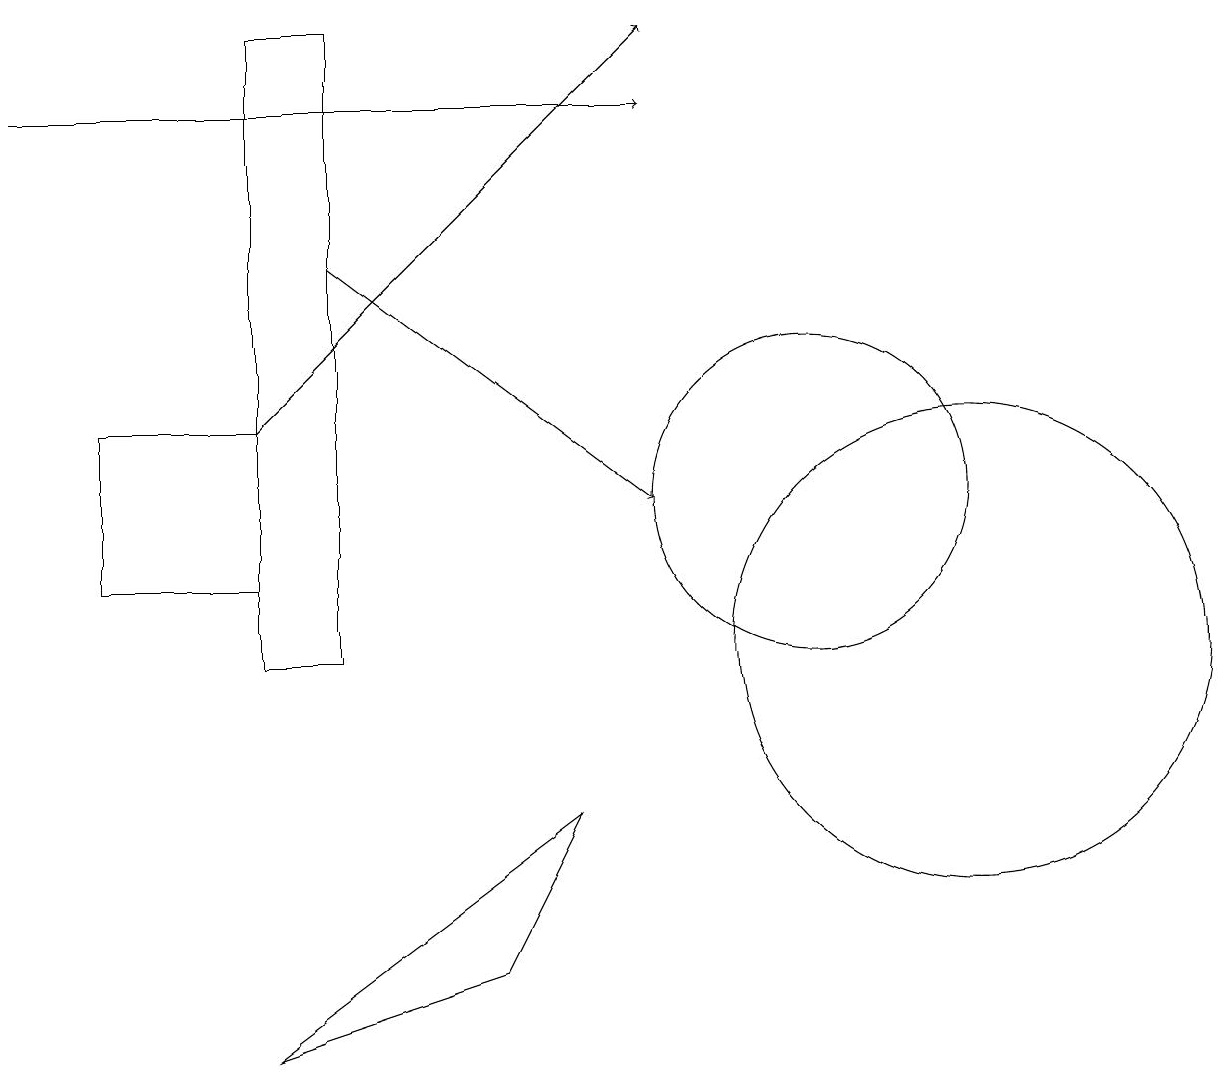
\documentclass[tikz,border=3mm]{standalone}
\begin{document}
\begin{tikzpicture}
\draw (3,5) -- (6,6) -- (7,8) -- cycle;
\draw (3,13) rectangle (1,11);
\draw[->] (3,13) -- (8,18);
\draw (10,12) circle (2);
\draw (12,10) circle (3);
\draw[->] (0,17) -- (8,17);
\draw[->] (4,15) -- (8,12);
\draw (4,10) rectangle (3,18);
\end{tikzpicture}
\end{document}